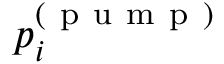
p _ { i } ^ { ( \mathrm { ~ p ~ u ~ m ~ p ~ } ) }